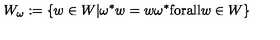
W _ { \omega } : = \{ w \in W | \omega ^ { * } w = w \omega ^ { * } \mathrm { f o r a l l } w \in W \}